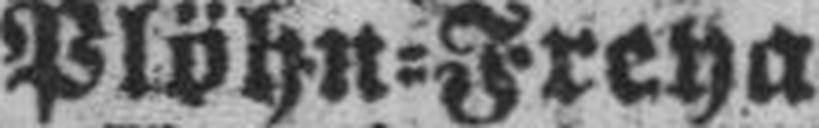
Plöhn=Freya